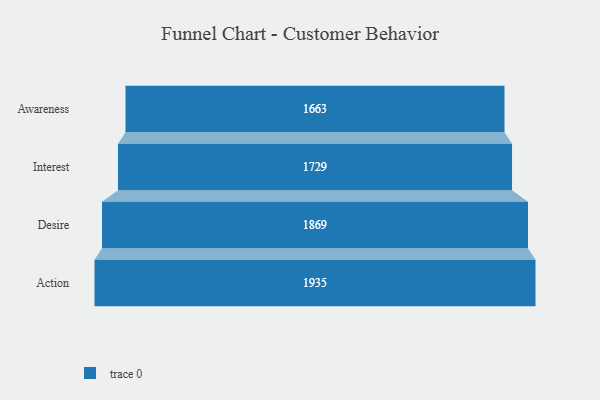
{"axis": {"x": "Stage", "y": "Value"}, "legend": [""], "data": [{"x": "Awareness", "y": 1663.0, "type": ""}, {"x": "Interest", "y": 1729.0, "type": ""}, {"x": "Desire", "y": 1869.0, "type": ""}, {"x": "Action", "y": 1935.0, "type": ""}]}